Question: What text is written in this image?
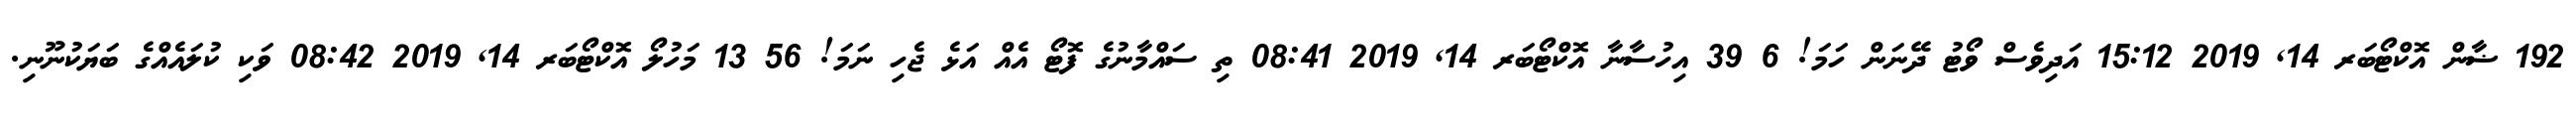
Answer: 192 ޟާން އޮކްޓޯބަރ 14, 2019 15:12 އަދިވެސް ވޯޓު ދޭނަން ހަމަ! 6 39 އިހުސާނާ އޮކްޓޯބަރ 14, 2019 08:41 ތި ސައްމާނުގެ ފޮޓޯ އެއް އަޅެ ޖެހި ނަމަ! 56 13 މަހުލޯ އޮކްޓޯބަރ 14, 2019 08:42 ވަކި ކުލައެއްގެ ބަޔަކުނޫނި.